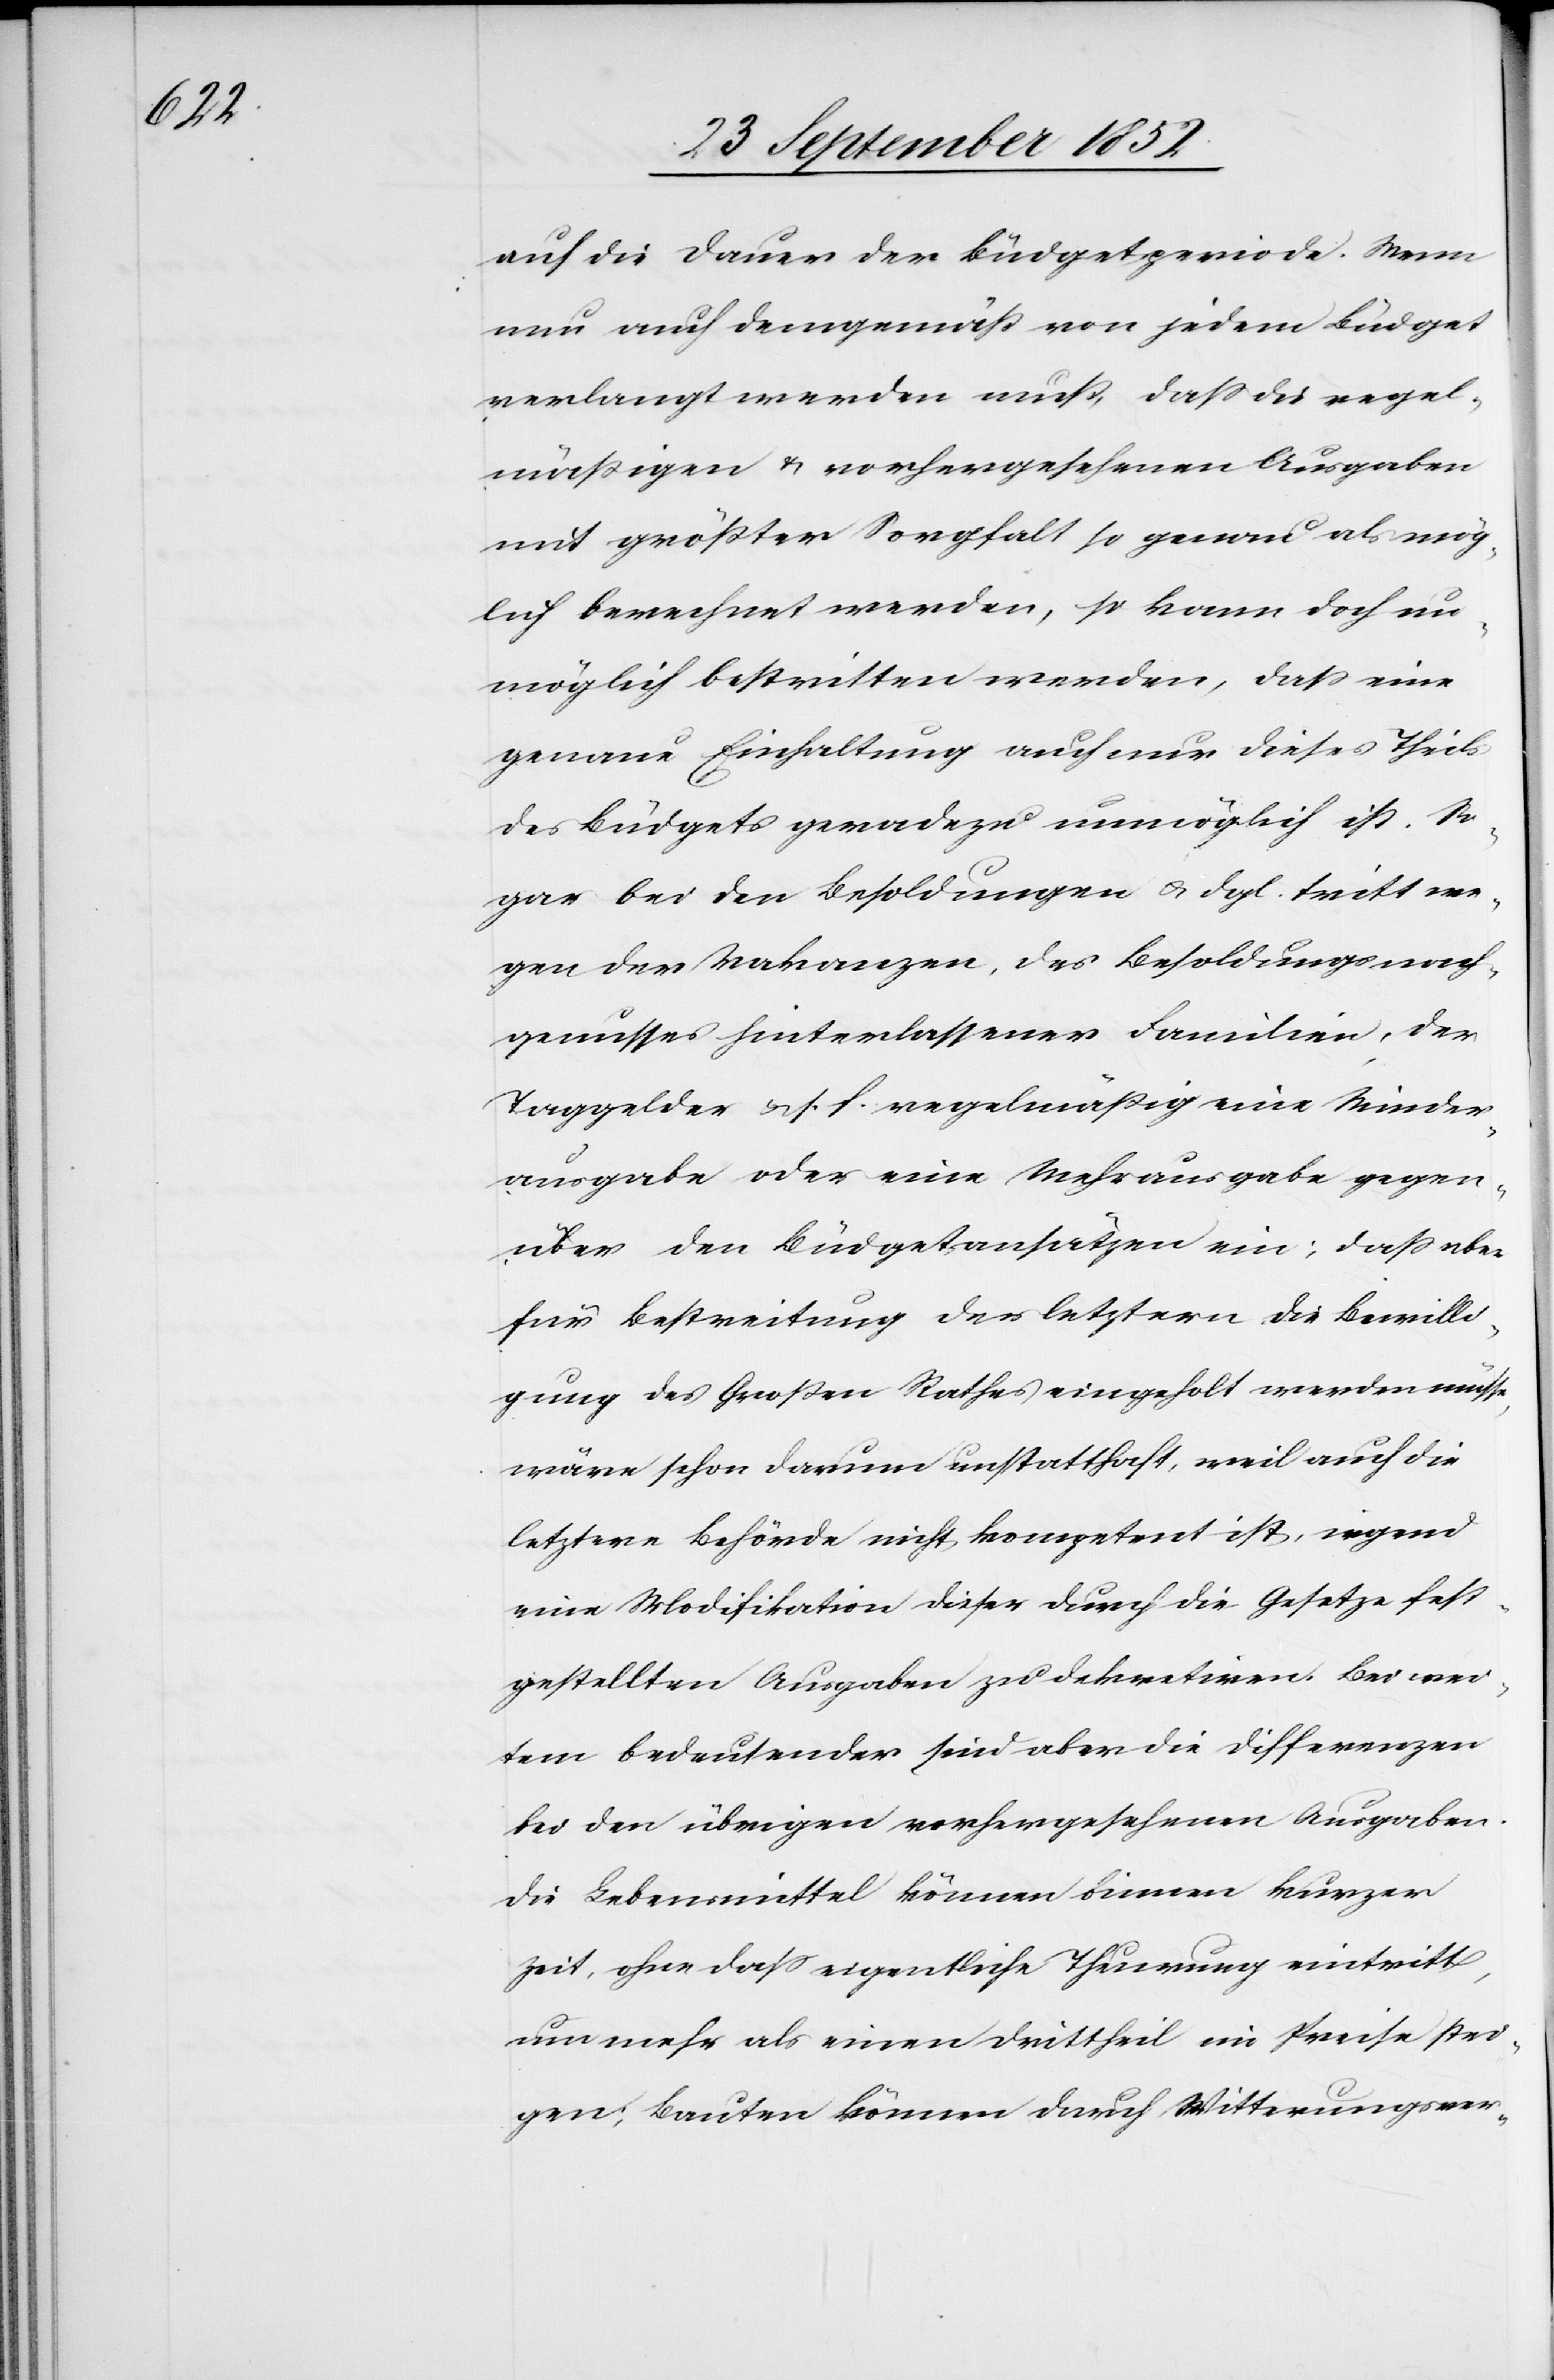
auf die Dauer der Büdgetperiode. Wenn
nun auch demgemäß von jedem Büdget
verlangt werden muß, dass die regel¬
mäßigen & vorhergesehenen Ausgaben
mit größter Sorgfalt so genau als mög¬
lich berechnet werden, so kann doch un¬
möglich bestritten werden, dass eine
genaue Einhaltung auch nur dieses Theils
des Büdgets geradezu unmöglich ist. So¬
gar bei den Besoldungen & dgl. tritt we¬
gen der Vakanzen, des Besoldungsnach¬
genusses hinterlassener Familien, der
Taggelder & s. f. regelmäßig eine Minder¬
ausgabe oder eine Mehrausgabe gegen¬
über den Büdgetansätzen ein; dass aber
für Bestreitung der letztern die Bewilli¬
gung des Großen Rathes eingeholt werden müsse,
wäre schon darum unstatthaft, weil auch die
letztere Behörde nicht kompetent ist, irgend
eine Modifikation dieser durch die Gesetze fest¬
gestellten Ausgaben zu dekretiren. Bei wei¬
tem bedeutender sind aber die Differenzen
bei den übrigen vorhergesehenen Ausgaben.
Die Lebensmittel können binnen kurzer
Zeit, ohne dass eigentliche Theurung eintritt,
um mehr als einen Drittheil im Preise stei¬
gen; Bauten können durch Witterungsver-